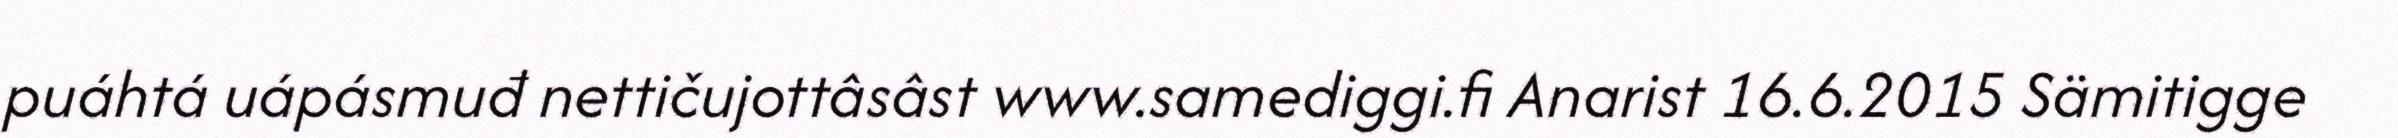
puáhtá uápásmuđ nettičujottâsâst www.samediggi.fi Anarist 16.6.2015 Sämitigge